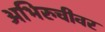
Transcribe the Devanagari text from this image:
अभिरुचीवर